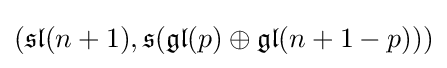
({\mathfrak {sl}}(n+1),{\mathfrak {s}}({\mathfrak {gl}}(p)\oplus {\mathfrak {gl}}(n+1-p)))